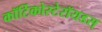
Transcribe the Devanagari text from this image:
कॉर्टिकोस्टेरॉयडस्